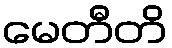
မေတီတိ